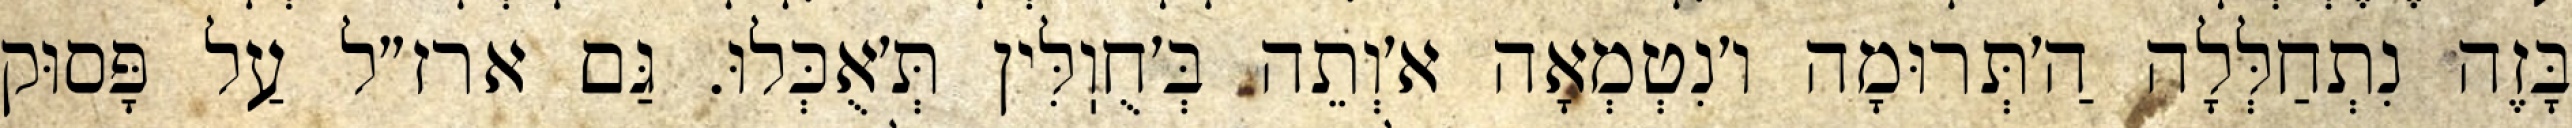
בָּזֶה נִתְחַלְּלָה הַ׳תְּרוּמָה ו׳נִטְמְאָה א׳וְתֵה בְּ׳חֻוֽלִּין תְּ׳אֻכְּלוּ. גַּם ארז״ל עַל פָּסוּק